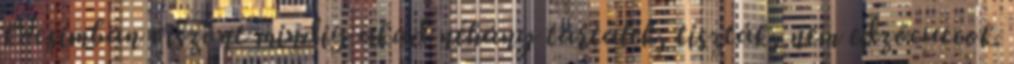
kocsimban viszont mindig akad néhány tartalék, tiszták, nem edzőcuccok.